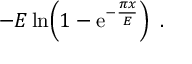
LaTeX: - { \cal E } \, { \mathrm { l n } } \! \left( 1 - { \mathrm e } ^ { - { \frac { \pi x } { \cal E } } } \right) \ .